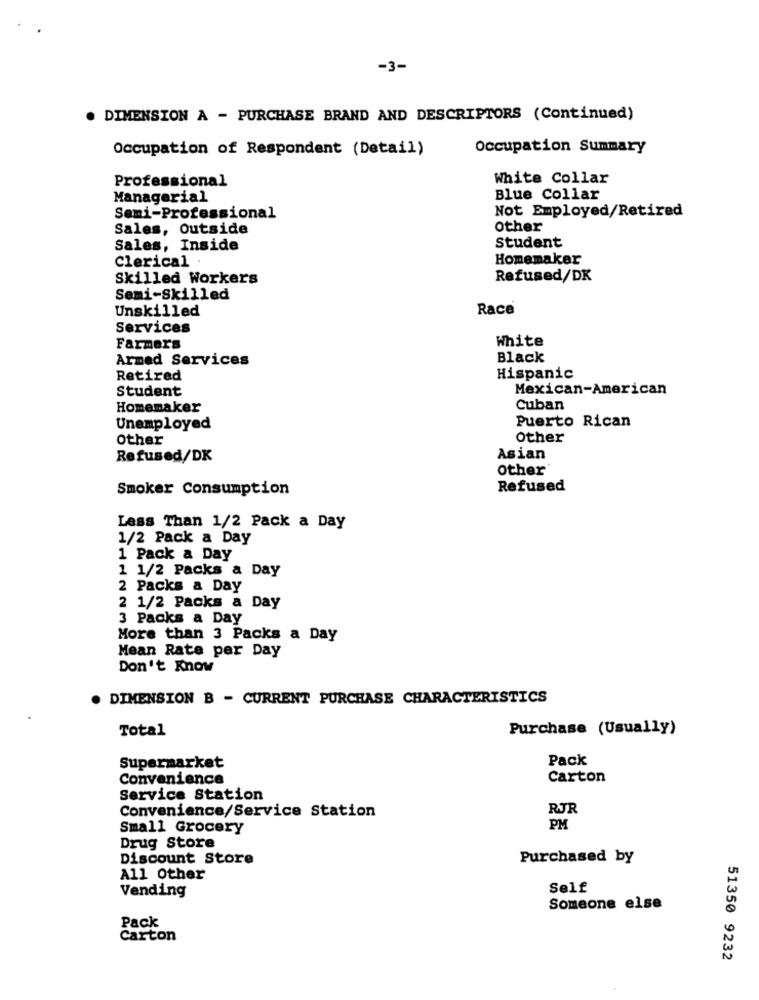
-3-
DIMENSION A - PURCHASE BRAND AND DESCRIPTORS (Continued)
Occupation of Respondent (Detail)
Occupation Summary
Professional
White Collar
Managerial
Blue Collar
Not Employed/Retired
Semi-Professional
Sales, Outside
Other
Sales, Inside
Student
Clerical .
Homemaker
Skilled Workers
Refused/DK
Semi-Skilled
Unskilled
Race
Services
White
Farmers
Armed Services
Black
Retired
Hispanic
Student
Mexican-American
Homemaker
Cuban
Puerto Rican
Unemployed
Other
Other
Refused/DK
Asian
Other
Smoker Consumption
Refused
Less Than 1/2 Pack a Day
1/2 Pack a Day
1 Pack a Day
1 1/2 Packs a Day
2 Packs a Day
2 1/2 Packs a Day
3 Packs a Day
More than 3 Packs a Day
Mean Rate per Day
Don't Know
. DIMENSION B - CURRENT PURCHASE CHARACTERISTICS
Total
Purchase (Usually)
Supermarket
Pack
Convenience
Carton
Service Station
RJR
Convenience/Service Station
Small Grocery
PM
Drug Store
Discount Store
Purchased by
All Other
Vending
Self
Someone else
Pack
Carton
51350 9232